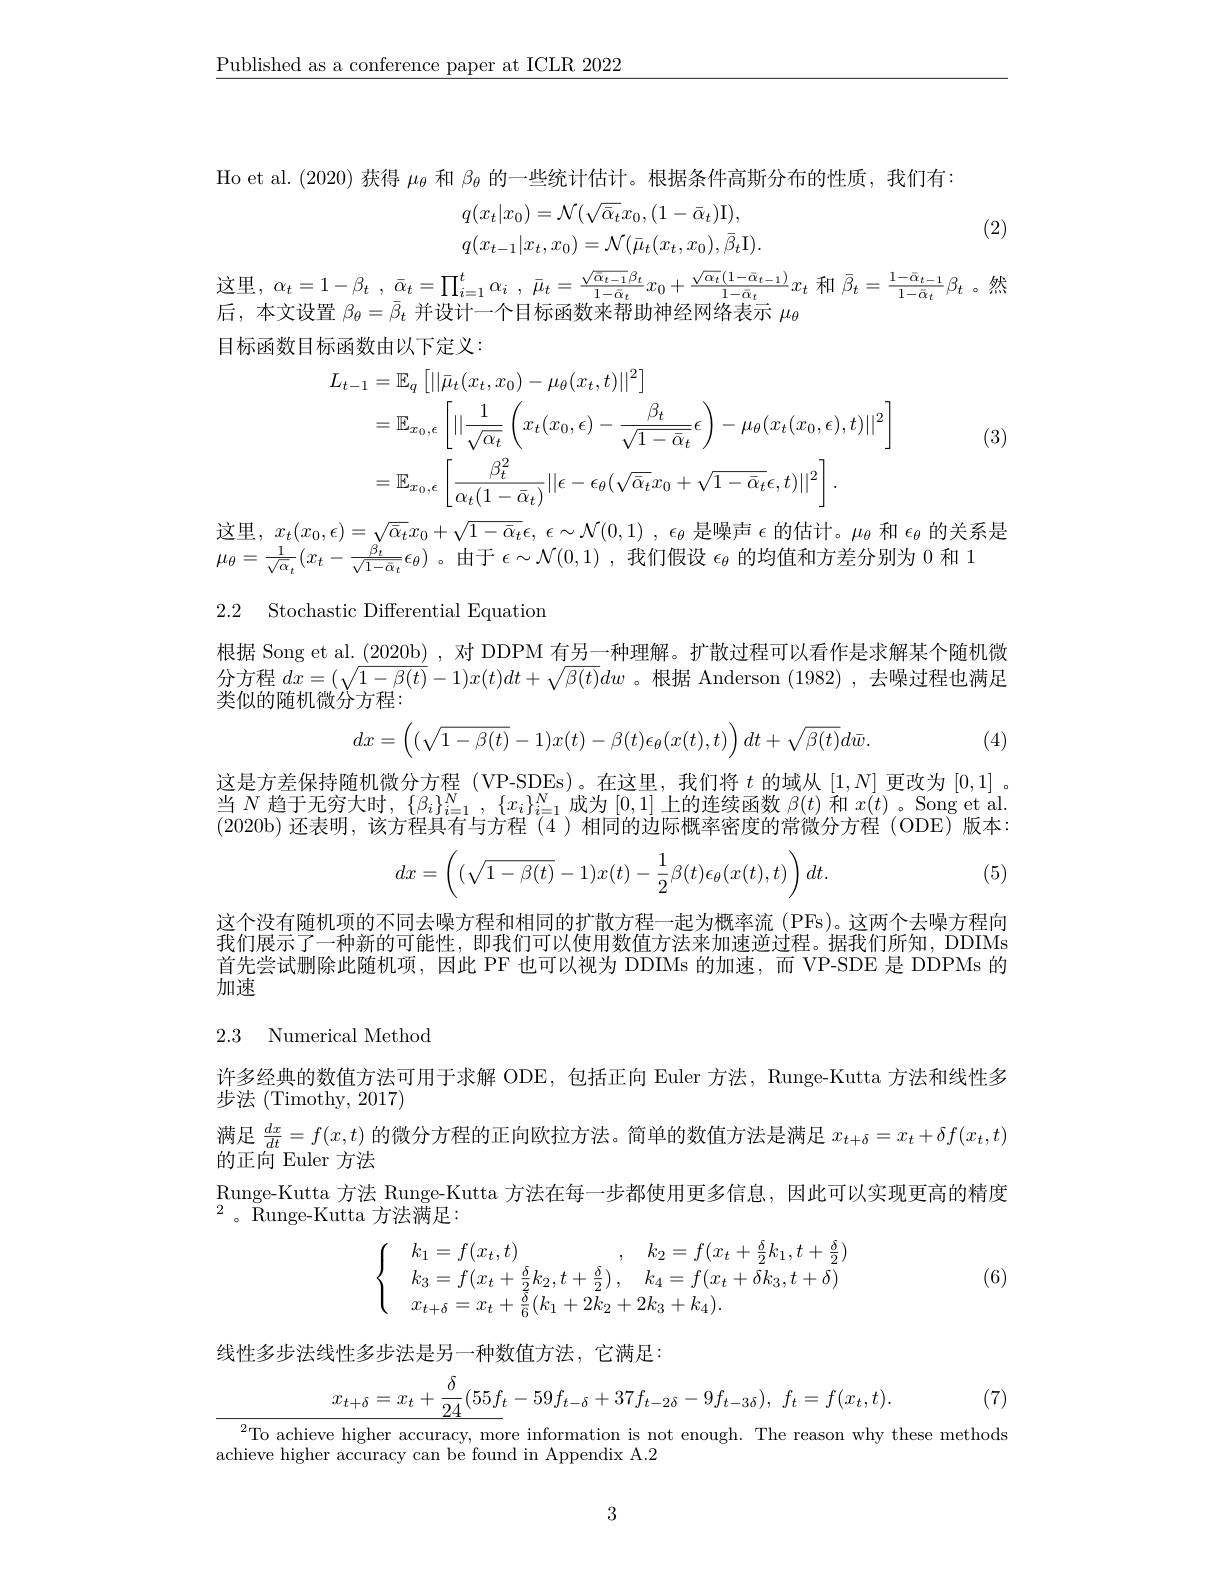
$\underline{\text{Published as a conference paper at ICLR 2022}}$

Ho et al. (2020) 获得$\mu_\mathrm{\theta}$和$\beta_\mathrm{\theta}$的一些统计估计。根据条件高斯分布的性质，我们有：
$$q(x_{t}|x_{0})=\mathcal{N}(\sqrt{\bar{\alpha}_{t}}x_{0},(1-\bar{\alpha}_{t})\mathrm{I}),$$
$$q(x_{t}|x_{0})-\mathcal{N}(\sqrt{\alpha_{t}}x_{0},(1-\alpha_{t})1),\\q(x_{t-1}|x_{t},x_{0})=\mathcal{N}(\bar{\mu}_{t}(x_{t},x_{0}),\bar{\beta}_{t}\mathrm{I}).$$
(2)
$$\bar{\mu}_{t}=\frac{\sqrt{\bar{\alpha}_{t-1}}\beta_{t}}{1-\bar{\alpha}_{t}}x_{0}+\frac{\sqrt{\alpha_{t}}(1-\bar{\alpha}_{t-1})}{1-\bar{\alpha}_{t}}x_{t}$$
$\mid\bar{\beta}_{t}=\frac{1-\bar{\alpha}_{t-1}}{1-\bar{\alpha}_{t}}\beta_{t}$
后，本文设置$\beta_\theta=\bar{\beta}_t$并设计一个目标函数来帮助神经网络表示$\mu_\theta$

$\alpha_{t}=1-\beta_{t}$
目标函数目标函数由以下定义：

(3)
$$\begin{aligned}L_{t-1}&=\mathbb{E}_{q}\left[||\bar{\mu}_{t}(x_{t},x_{0})-\mu_{\theta}(x_{t},t)||^{2}\right]\\&=\mathbb{E}_{x_{0},\epsilon}\left[||\frac{1}{\sqrt{\alpha_{t}}}\left(x_{t}(x_{0},\epsilon)-\frac{\beta_{t}}{\sqrt{1-\bar{\alpha}_{t}}}\epsilon\right)-\mu_{\theta}(x_{t}(x_{0},\epsilon),t)||^{2}\right]\\&=\mathbb{E}_{x_{0},\epsilon}\left[\frac{\beta_{t}^{2}}{\alpha_{t}(1-\bar{\alpha}_{t})}||\epsilon-\epsilon_{\theta}(\sqrt{\bar{\alpha}_{t}}x_{0}+\sqrt{1-\bar{\alpha}_{t}}\epsilon,t)||^{2}\right].\end{aligned}$$
这里，$x_t( x_0, \epsilon ) = \sqrt {\bar{\alpha } _t}x_0+ \sqrt {1- \bar{\alpha } _t}\epsilon $, $\epsilon \sim \mathcal{N} ( 0, 1)$ , $\epsilon _\theta$是噪声$\epsilon$的估计。$\mu_\theta$和$\epsilon_\theta$的关系是
$\mu_{\theta}=\frac{1}{\sqrt{\alpha}_{t}}(x_{t}-\frac{\beta_{t}}{\sqrt{1-\bar{\alpha}_{t}}}\epsilon_{\theta})$。由于$\epsilon\sim\mathcal{N}(0,1)$ ,我们假设$\epsilon_{\theta}$的均值和方差分别为 0 和 1

2.2 Stochastic Differential Equation

根据 Song et al. $\underline {( }2020$b) ,对 DDPM 有另一种理解。扩散过程可以看作是求解某个随机微分方程$dx=(\sqrt{1-\beta(t)}-1)x(t)dt+\sqrt{\beta(t)}dw$ 。根据 Anderson (1982) ,去噪过程也满足类似的随机微分方程：
$$dx=\begin{pmatrix}(\sqrt{1-\beta(t)}-1)x(t)-\beta(t)\epsilon_\theta(x(t),t)\end{pmatrix}dt+\sqrt{\beta(t)}d\bar w.$$
(4)

这是方差保持随机微分方程 (VP-SDEs)。在这里，我们将$t$的域从$[1,N]$更改为[0,1] 。当$N$趋于无穷大时，$\{\beta_i\}_i=1^N$, $\{x_i\}_i=1^N$成为[0,1]上的连续函数$\beta(t)$和$x(t)$ 。Song et al (2020b)还表明，该方程具有与方程(4)相同的边际概率密度的常微分方程(ODE)「版本：
$$dx=\begin{pmatrix}(\sqrt{1-\beta(t)}-1)x(t)-\dfrac{1}{2}\beta(t)\epsilon_\theta(x(t),t)\end{pmatrix}dt.$$
(5)

这个没有随机项的不同去噪方程和相同的扩散方程一起为概率流(PFs)。这两个去噪方程向我们展示了一种新的可能性，即我们可以使用数值方法来加速逆过程。据我们所知，DDIMs 首先尝试删除此随机项，因此 PF 也可以视为 DDIMs 的加速，而 VP-SDE 是 DDPMs 的$\tilde{\text{加速}}$

## 2.3 Numerical Method

许多经典的数值方法可用于求解 ODE, 包括正向 Euler 方法，Runge-Kutta 方法和线性多
步法 (Timothy, 2017)
满足$\frac{dx}{dt}=f(x,t)$的微分方程的正向欧拉方法。简单的数值方法是满足$x_{t+\delta}=x_t+\delta f(x_t,t)$
的正向 Euler 方法
Runge-Kutta 方法 Runge-Kutta 方法在每一步都使用更多信息，因此可以实现更高的精度
$^{2}$。Runge-Kutta 方法满足：
$$\begin{cases}&k_1=f(x_t,t)\\&k_3=f(x_t+\frac{\delta}{2}k_2,t+\frac{\delta}{2})\:,\quad k_4=f(x_t+\delta k_3,t+\delta)\\&x_{t+\delta}=x_t+\frac{\delta}{6}(k_1+2k_2+2k_3+k_4).\end{cases}$$
(6)

线性多步法线性多步法是另一种数值方法，它满足：

(7)
$$\underline{x_{t+\delta}=x_{t}+\frac{\delta}{24}(55f_{t}-59f_{t-\delta}+37f_{t-2\delta}-9f_{t-3\delta}),\:f_{t}=f(x_{t},t).}$$
$^{2}$To achieve higher accuracy, more information is not enough. The reason why these methods
achieve higher accuracy can be found in Appendix A.2

3